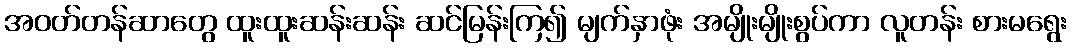
အဝတ်တန်ဆာတွေ ထူးထူးဆန်းဆန်း ဆင်မြန်းကြ၍ မျက်နှာဖုံး အမျိုးမျိုးစွပ်ကာ လူတန်း စားမရွေး